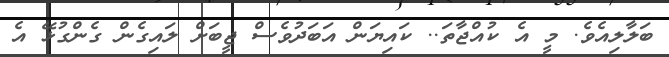
ބަލާލިއެވެ. މީ އެ ކުއްޖާތަ.. ކައިޔަން އަބަދުވެސް ޖީބަށް ލައިގެން ގެންގުޅޭ އެ